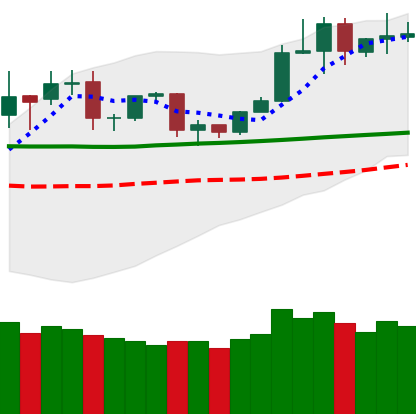
Ticker: TRX-USD
Chart end date: 2020-02-03
Forward return: 13.706%
Label: up_7plus